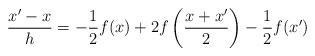
LaTeX: \begin{align*} \frac{x'-x}{h}=-\frac{1}{2}f(x)+2f\left(\frac{x+x'}{2}\right)-\frac{1}{2}f(x')\end{align*}